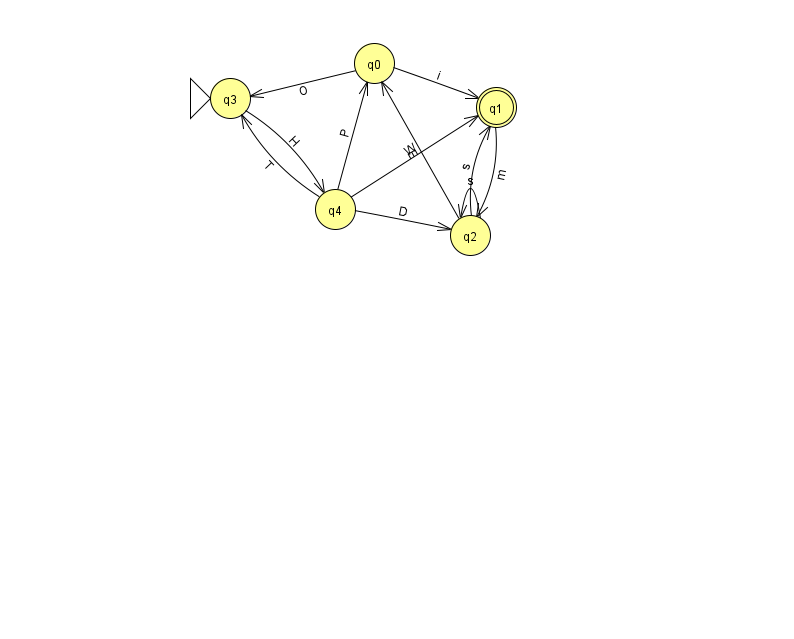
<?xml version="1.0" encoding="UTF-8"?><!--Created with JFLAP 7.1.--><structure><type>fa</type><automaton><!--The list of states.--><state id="0" name="q0"><x>374.0</x><y>50.0</y></state><state id="1" name="q1"><x>496.0</x><y>94.0</y><final/></state><state id="2" name="q2"><x>470.0</x><y>222.0</y></state><state id="3" name="q3"><x>230.0</x><y>85.0</y><initial/></state><state id="4" name="q4"><x>335.0</x><y>196.0</y></state><!--The list of transitions.--><transition><from>4</from><to>3</to><read>T</read></transition><transition><from>2</from><to>2</to><read>s</read></transition><transition><from>0</from><to>3</to><read>O</read></transition><transition><from>1</from><to>2</to><read>m</read></transition><transition><from>4</from><to>2</to><read>D</read></transition><transition><from>2</from><to>0</to><read>E</read></transition><transition><from>2</from><to>1</to><read>s</read></transition><transition><from>3</from><to>4</to><read>H</read></transition><transition><from>4</from><to>1</to><read>W</read></transition><transition><from>0</from><to>1</to><read>i</read></transition><transition><from>4</from><to>0</to><read>P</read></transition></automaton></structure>